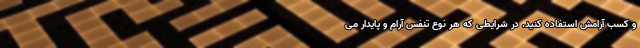
و کسب آرامش استفاده کنید. در شرایطی که هر نوع تنفس آرام و پایدار می